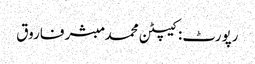
رپورٹ: کیپٹن محمد مبشر فاروق